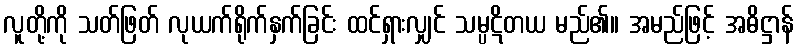
လူတို့ကို သတ်ဖြတ် လုယက်ရိုက်နှက်ခြင်း ထင်ရှားလျှင် သမ္ပဋိတယ မည်၏။ အမည်ဖြင့် အဓိဋ္ဌာန်